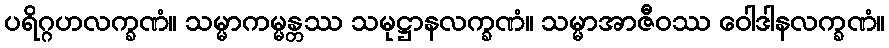
ပရိဂ္ဂဟလက္ခဏံ။ သမ္မာကမ္မန္တဿ သမုဋ္ဌာနလက္ခဏံ။ သမ္မာအာဇီဝဿ ဝေါဒါနလက္ခဏံ။